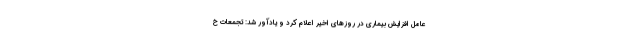
عامل افزایش بیماری در روزهای اخیر اعلام کرد و یادآور شد: تجمعات خ